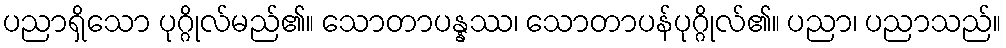
ပညာရှိသော ပုဂ္ဂိုလ်မည်၏။ သောတာပန္နဿ၊ သောတာပန်ပုဂ္ဂိုလ်၏။ ပညာ၊ ပညာသည်။